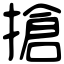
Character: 搶